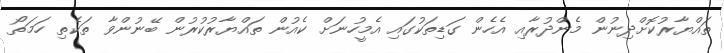
ތައްޔާރުކޮށްދިނުން މެންދުރާއި އެހެން ގަޑިތަކުގައި އެމީހުނަށް ކެއުން ތައްޔާރުކުރުން ބޭނުންވާ ތަކެތި ހަމަތޯ